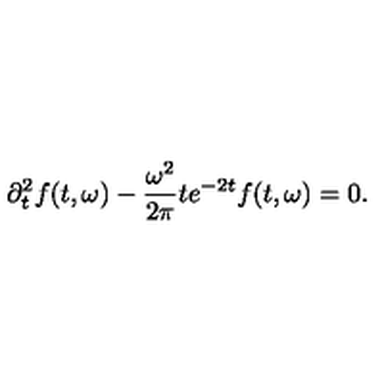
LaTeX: \partial _ { t } ^ { 2 } f ( t , \omega ) - \frac { \omega ^ { 2 } } { 2 \pi } t e ^ { - 2 t } f ( t , \omega ) = 0 .